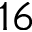
1 6